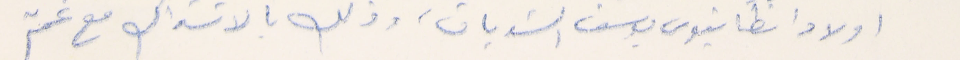
اولاد انطانيوس يوسف الشدياق وذلك بالاشتراك مع عمّ